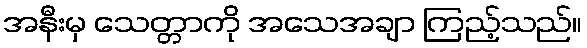
အနီးမှ သေတ္တာကို အသေအချာ ကြည့်သည်။